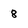
Character: 8